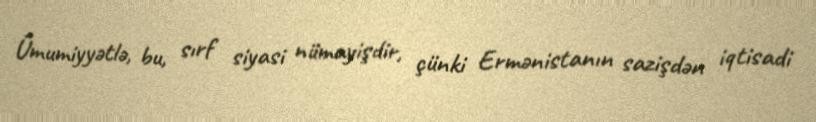
Ümumiyyətlə, bu, sırf siyasi nümayişdir, çünki Ermənistanın sazişdən iqtisadi